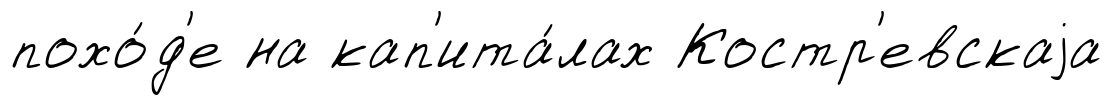
похо́д'е на кап'ита́лах Костр'евскаjа